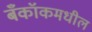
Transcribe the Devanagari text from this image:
बँकॉकमधील